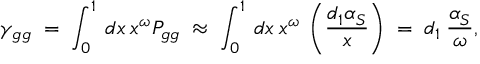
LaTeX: \gamma _ { g g } \; = \; \int _ { 0 } ^ { 1 } \: d x \: x ^ { \omega } P _ { g g } \; \approx \; \int _ { 0 } ^ { 1 } \: d x \: x ^ { \omega } \: \left( \frac { d _ { 1 } \alpha _ { S } } { x } \right) \; = \; d _ { 1 } \: \frac { \alpha _ { S } } { \omega } ,